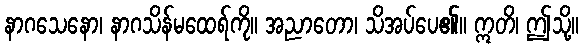
နာဂသေနော၊ နာဂသိန်မထေရ်ကို။ အညာတော၊ သိအပ်ပေ၏။ ဣတိ၊ ဤသို့။